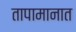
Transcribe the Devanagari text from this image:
तापामानात